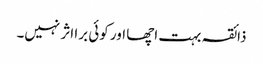
ذائقہ بہت اچھا اور کوئی برا اثر نہیں۔